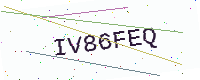
Text: IV86FEQ